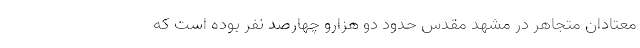
معتادان متجاهر در مشهد مقدس حدود دو هزارو چهارصد نفر بوده است که